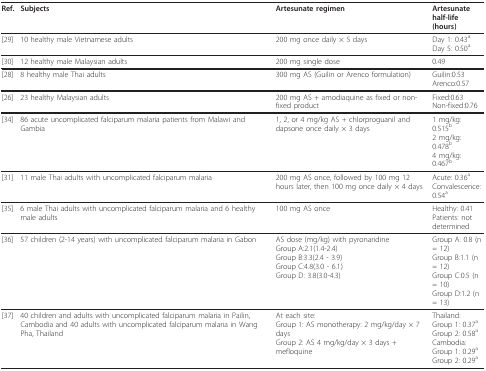
<table><thead><tr><td><b>Ref.</b></td><td><b>Subjects</b></td><td><b>Artesunate regimen</b></td><td><b>Artesunate half-life (hours)</b></td></tr></thead><tbody><tr><td>[29]</td><td>10 healthy male Vietnamese adults</td><td>200 mg once daily × 5 days</td><td>Day 1: 0.43<sup>a</sup>Day 5: 0.50<sup>a</sup></td></tr><tr><td>[30]</td><td>12 healthy male Malaysian adults</td><td>200 mg single dose</td><td>0.49</td></tr><tr><td>[28]</td><td>8 healthy male Thai adults</td><td>300 mg AS (Guilin or Arenco formulation)</td><td>Guilin:0.53Arenco:0.57</td></tr><tr><td>[26]</td><td>23 healthy Malaysian adults</td><td>200 mg AS + amodiaquine as fixed or non-fixed product</td><td>Fixed:0.63Non-fixed:0.76</td></tr><tr><td>[34]</td><td>86 acute uncomplicated falciparum malaria patients from Malawi and Gambia</td><td>1, 2, or 4 mg/kg AS + chlorproguanil and dapsone once daily × 3 days</td><td>1 mg/kg: 0.515<sup>b</sup>2 mg/kg: 0.478<sup>b</sup>4 mg/kg: 0.467<sup>b</sup></td></tr><tr><td>[31]</td><td>11 male Thai adults with uncomplicated falciparum malaria</td><td>200 mg AS once, followed by 100 mg 12 hours later, then 100 mg once daily × 4 days</td><td>Acute: 0.36<sup>a</sup>Convalescence: 0.54<sup>a</sup></td></tr><tr><td>[35]</td><td>6 male Thai adults with uncomplicated falciparum malaria and 6 healthy male adults</td><td>100 mg AS once</td><td>Healthy: 0.41Patients: not determined</td></tr><tr><td>[36]</td><td>57 children (2-14 years) with uncomplicated falciparum malaria in Gabon</td><td>AS dose (mg/kg) with pyronaridineGroup A:2.1(1.4-2.4)Group B:3.3(2.4 - 3.9)Group C:4.8(3.0 - 6.1)Group D: 3.8(3.0-4.3)</td><td>Group A: 0.8 (n = 12)Group B:1.1 (n = 12)Group C:0.5 (n = 10)Group D:1.2 (n = 13)</td></tr><tr><td>[37]</td><td>40 children and adults with uncomplicated falciparum malaria in Pailin, Cambodia and 40 adults with uncomplicated falciparum malaria in Wang Pha, Thailand</td><td>At each site:Group 1: AS monotherapy: 2 mg/kg/day × 7 daysGroup 2: AS 4 mg/kg/day × 3 days + mefloquine</td><td>Thailand:Group 1: 0.37<sup>a</sup>Group 2: 0.58<sup>a</sup>Cambodia:Group 1: 0.29<sup>a</sup>Group 2: 0.29<sup>a</sup></td></tr></tbody></table>